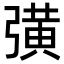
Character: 彉